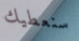
سنعطيك